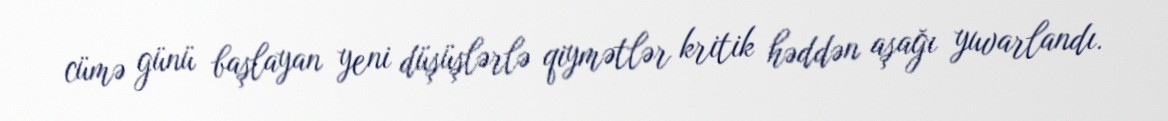
cümə günü başlayan yeni düşüşlərlə qiymətlər kritik həddən aşağı yuvarlandı.